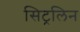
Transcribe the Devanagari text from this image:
सिट्रलिन